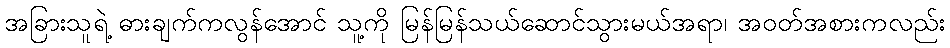
အခြားသူရဲ့ ဓားချက်ကလွန်အောင် သူ့ကို မြန်မြန်သယ်ဆောင်သွားမယ်အရာ၊ အဝတ်အစားကလည်း